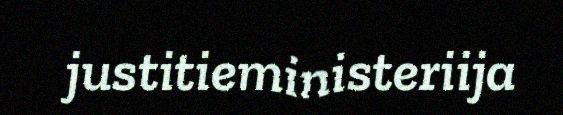
justitieministeriija